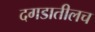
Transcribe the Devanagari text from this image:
दगडातीलच